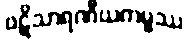
ပဋိသာရဏီယကမ္မဿ